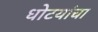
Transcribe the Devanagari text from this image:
धोटयांचा